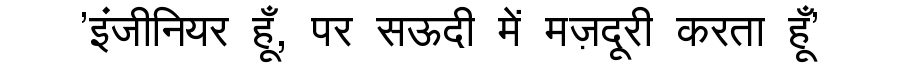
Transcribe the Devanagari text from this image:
'इंजीनियर हूँ, पर सऊदी में मज़दूरी करता हूँ'